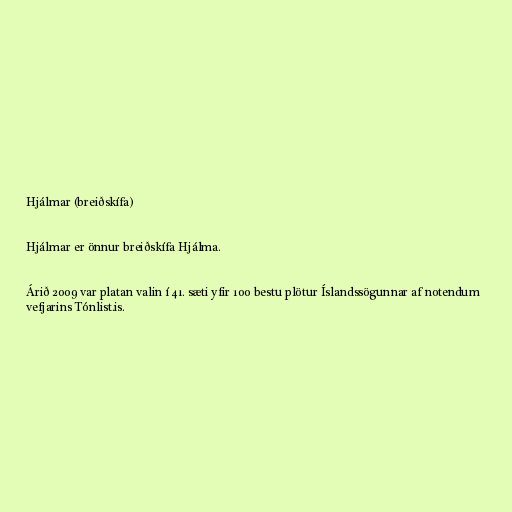
Hjálmar (breiðskífa)

Hjálmar er önnur breiðskífa Hjálma.

Árið 2009 var platan valin í 41. sæti yfir 100 bestu plötur Íslandssögunnar af notendum
vefjarins Tónlist.is.